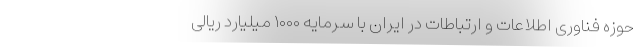
حوزه فناوری اطلاعات و ارتباطات در ایران با سرمایه ۱۰۰۰ میلیارد ریالی